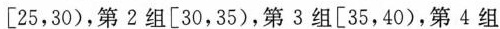
[25，30)，第2组[30，35)，第3组[35，40)，第4组